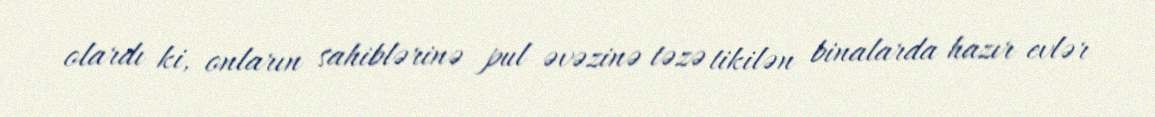
olardı ki, onların sahiblərinə pul əvəzinə təzə tikilən binalarda hazır evlər